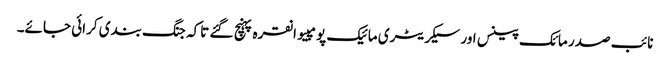
نائب صدر مائک پینس اور سیکریٹری مائیک پومپیو انقرہ پہنچ گئے تاکہ جنگ بندی کرائی جائے۔